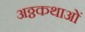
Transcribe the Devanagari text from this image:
अठ्ठकथाओं